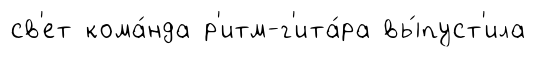
св'ет кома́нда р'итм-г'ита́ра вы́пуст'ила